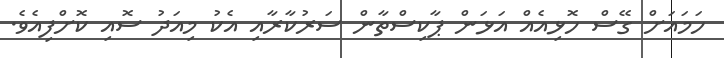
ހަމައަށް ގޭސް ހޮޅިއެއް އަޅަން ޕާކިސްތާން ސަރުކާރާއި އެކު މިއަދު ސޮއި ކޮށްފިއެވެ.